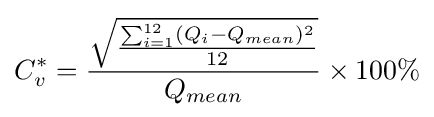
C_{v}^{*}={{\sqrt {{\sum _{i=1}^{12}(Q_{i}-Q_{mean})^{2}} \over 12}} \over Q_{mean}}\times 100\%